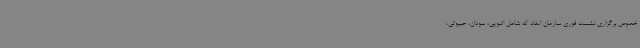
خصوص برگزاری نشست فوری سازمان‌ ایقاد که شامل اتیوپی، سودان، جیبوتی،